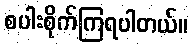
စပါးစိုက်ကြရပါတယ်။